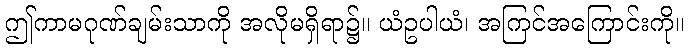
ဤကာမဂုဏ်ချမ်းသာကို အလိုမရှိရာ၌။ ယံဥပါယံ၊ အကြင်အကြောင်းကို။